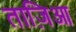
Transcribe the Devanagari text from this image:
ताज़िआ